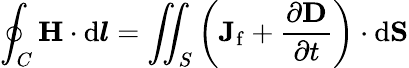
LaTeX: \oint_{C}\mathbf{H}\cdot\mathrm{d}{\boldsymbol{l}}=\iint_{S}\left(\mathbf{J}_{\mathrm{f}}+{\frac{\partial\mathbf{D}}{\partial t}}\right)\cdot\mathrm{d}\mathbf{S}